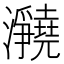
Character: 𪸊